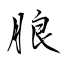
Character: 朖